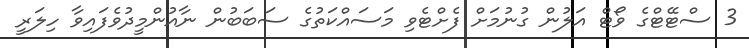
3 ސްޓޭޓްގެ ވޯޓް އަލުން ގުނުމަށް ފެށްޓެވި މަސައްކަތުގެ ސަބަބުން ނާއުންމީދުވެފައިވާ ހިލަރީ